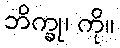
ဘိက္ခု၊ ကို။